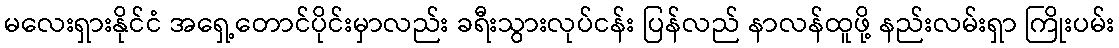
မလေးရှားနိုင်ငံ အရှေ့တောင်ပိုင်းမှာလည်း ခရီးသွားလုပ်ငန်း ပြန်လည် နာလန်ထူဖို့ နည်းလမ်းရှာ ကြိုးပမ်း